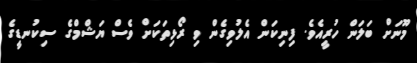
މޫނަށް ބަލަން ހުރީއެވެ. ފިނިކަން އެލުވިގެން ވި ރޯޅިތަކަށް ވެސް ޔަޝްމްގެ ސިކުނޑީގެ